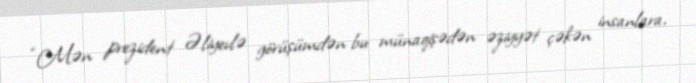
“Mən prezident Əliyevlə görüşümdən bu münaqişədən əziyyət çəkən insanlara,